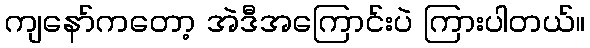
ကျနော်ကတော့ အဲဒီအကြောင်းပဲ ကြားပါတယ်။